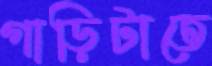
গাড়িটাতে